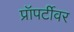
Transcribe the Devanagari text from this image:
प्रॉपर्टीवर